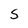
Character: S